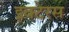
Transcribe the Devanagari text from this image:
इक्टेरस